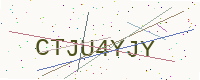
Text: CTJU4YJY